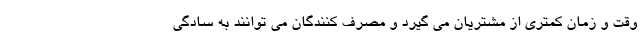
وقت و زمان کمتری از مشتریان می گیرد و مصرف کنندگان می توانند به سادگی